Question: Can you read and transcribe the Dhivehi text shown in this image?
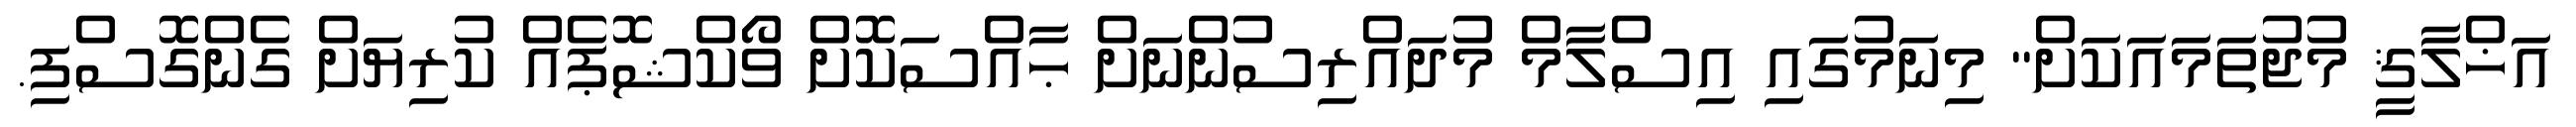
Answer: އަޚްލާޤީ މުޖުތަމައަކަށް" މިނަމުގައި އިސްލާމް މުދައްރިސުންނަށް ޙާއްސަކޮށް ވޯކްޝޮޕެއް ކުރިޔަށް ގެންގޮސްފި.